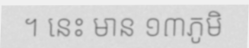
។ នេះ មាន ១៣ភូមិ